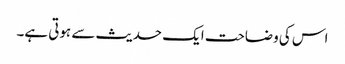
اس کی وضاحت ایک حدیث سے ہوتی ہے۔